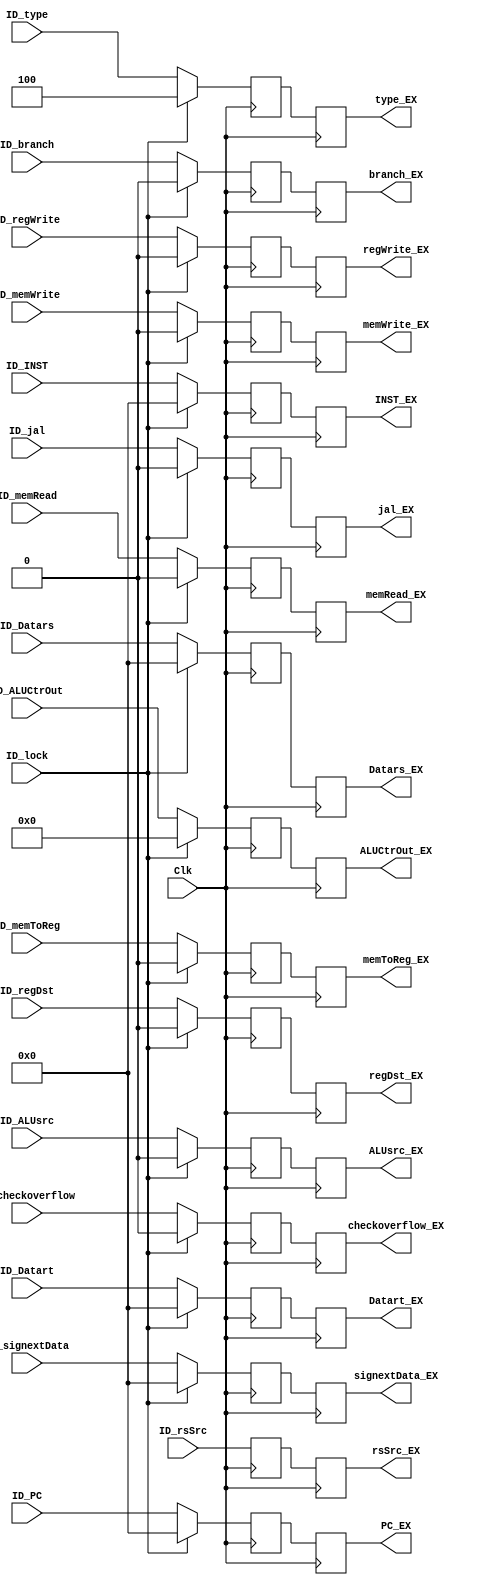
`timescale 1ns / 1ps
//////////////////////////////////////////////////////////////////////////////////
// Company: 
// Engineer: 
// 
// Design Name: 
// Module Name: IDEX
// Project Name: 
// Target Devices: 
// Tool Versions: 
// Description: 
// 
// Dependencies: 
// 
// Revision:
// Revision 0.01 - File Created
// Additional Comments:
// 
//////////////////////////////////////////////////////////////////////////////////


module IDEX(
    input Clk,
    input ID_rsSrc,
    input ID_lock,
    input [2:0] ID_type,
    input [31:0] ID_PC,
    input [31:0] ID_INST,
    input ID_regDst,
    input ID_ALUsrc,
    input ID_memToReg,
    input ID_regWrite,
    input ID_memRead,
    input ID_memWrite,
    input ID_branch,
    input [3:0] ID_ALUCtrOut,
    input ID_jal,
    input [31:0] ID_Datars,
    input [31:0] ID_Datart,
    input [31:0] ID_signextData,
    input ID_checkoverflow,
    
    output reg rsSrc_EX,
    output reg [31:0] PC_EX,
    output reg [2:0] type_EX,
    output reg [31:0] INST_EX,
    output reg regDst_EX,
    output reg ALUsrc_EX,
    output reg memToReg_EX,
    output reg regWrite_EX,
    output reg memRead_EX,
    output reg memWrite_EX,
    output reg branch_EX,
    output reg [3:0] ALUCtrOut_EX,
    output reg jal_EX,
    output reg [31:0] Datars_EX,
    output reg [31:0] Datart_EX,
    output reg [31:0] signextData_EX,
    output reg checkoverflow_EX
    );
    reg rsSrc;
    reg [31:0] PC;
    reg [2:0] type;
    reg [31:0] INST;
    reg regDst;
    reg ALUsrc;
    reg memToReg;
    reg regWrite;
    reg memRead;
    reg memWrite;
    reg branch;
    reg [3:0] ALUCtrOut;
    reg jal;
    reg [31:0] Datars;
    reg [31:0] Datart;
    reg [31:0] signextData;
    reg checkoverflow;
    always @(posedge Clk)
    begin
        rsSrc_EX=rsSrc;
        PC_EX=PC;
        type_EX=type;
        INST_EX=INST;
        regDst_EX=regDst;
        ALUsrc_EX=ALUsrc;
        memToReg_EX=memToReg;
        regWrite_EX=regWrite;
        memRead_EX=memRead;
        memWrite_EX=memWrite;
        branch_EX=branch;
        ALUCtrOut_EX=ALUCtrOut;
        jal_EX=jal;
        Datars_EX=Datars;
        Datart_EX=Datart;
        signextData_EX=signextData;
        checkoverflow_EX=checkoverflow;
    end
    always @(negedge Clk)
    begin
    rsSrc=ID_rsSrc;
         PC=ID_PC;
         type=ID_type;
      INST=ID_INST;
     regDst=ID_regDst;
    ALUsrc=ID_ALUsrc;
     memToReg=ID_memToReg;
     regWrite=ID_regWrite;
     memRead=ID_memRead;
      memWrite=ID_memWrite;
     branch=ID_branch;
      ALUCtrOut=ID_ALUCtrOut;
      jal=ID_jal;
     Datars=ID_Datars;
     Datart=ID_Datart;
      signextData=ID_signextData;
      checkoverflow=ID_checkoverflow;
      
      if(ID_lock)
      begin
        PC=0;
         type=3'b100;
         INST=0;
         regDst=0;
        ALUsrc=0;
         memToReg=0;
         regWrite=0;
        memRead=0;
         memWrite=0;
         branch=0;
         ALUCtrOut=0;
        jal=0;
        Datars=0;
         Datart=0;
        signextData=0;
        checkoverflow=0;
      end
    end
endmodule